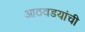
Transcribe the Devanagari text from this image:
आठवडयांची